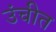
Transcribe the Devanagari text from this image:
उंचीत